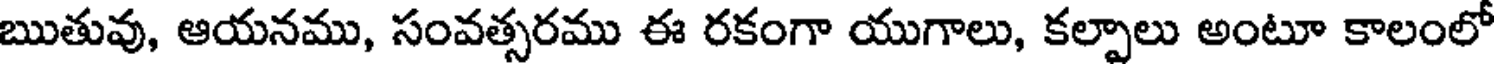
ఋతువు, ఆయనము, సంవత్సరము ఈ రకంగా యుగాలు, కల్పాలు అంటూ కాలంలో